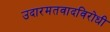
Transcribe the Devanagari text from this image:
उदारमतवादविरोधी